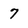
Character: 7